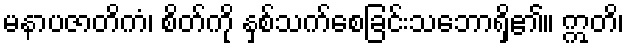
မနာပဇာတိကံ၊ စိတ်ကို နှစ်သက်စေခြင်းသဘောရှိ၏။ ဣတိ၊